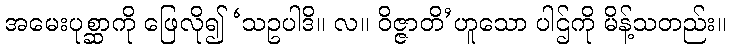
အမေးပုစ္ဆာကို ဖြေလို၍ ‘သဥပါဒိ။ လ။ ဝိဇ္ဇာတိ’ဟူသော ပါဌ်ကို မိန့်သတည်း။